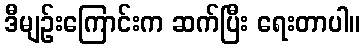
ဒီမျဉ်းကြောင်းက ဆက်ပြီး ရေးတာပါ။